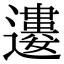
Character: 𨘠